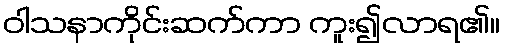
ဝါသနာကိုင်းဆက်ကာ ကူး၍လာရ၏။